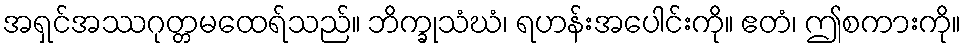
အရှင်အဿဂုတ္တမထေရ်သည်။ ဘိက္ခုသံဃံ၊ ရဟန်းအပေါင်းကို။ ဧတံ၊ ဤစကားကို။